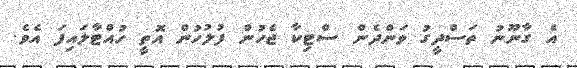
އެ ގާނޫނު ތަސްދީގު ވަންދެން ސްޓިކާ ޖެހުން ފުލުހުން އޮތީ ހުއްޓާލައިފަ އެވެ.